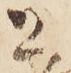
と